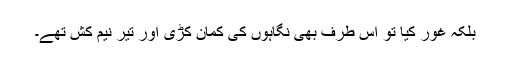
بلکہ غور کیا تو اُس طرف بھی نگاہوں کی کمان کڑی اور تیر نیم کش تھے۔